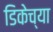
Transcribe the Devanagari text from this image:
डिकेच्या